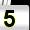
Digit: 5